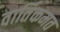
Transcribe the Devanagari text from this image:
वार्तिकमत